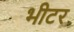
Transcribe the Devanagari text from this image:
भीटर